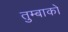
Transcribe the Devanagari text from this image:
तुम्बाको